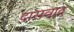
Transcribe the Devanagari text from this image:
दासवाद